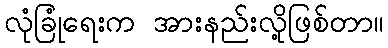
လုံခြုံရေးက အားနည်းလို့ဖြစ်တာ။